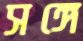
সঙ্গে